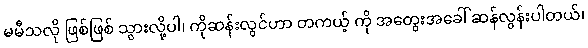
မမီသလို ဖြစ်ဖြစ် သွားလို့ပါ၊ ကိုဆန်းလွင်ဟာ တကယ့် ကို အတွေးအခေါ် ဆန်လွန်းပါတယ်၊